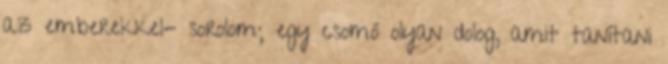
az emberekkel- sorolom; egy csomó olyan dolog, amit tanítani